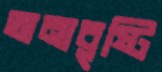
অনাবৃষ্টি